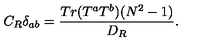
C _ { R } \delta _ { a b } = \frac { T r ( T ^ { a } T ^ { b } ) ( N ^ { 2 } - 1 ) } { D _ { R } } .